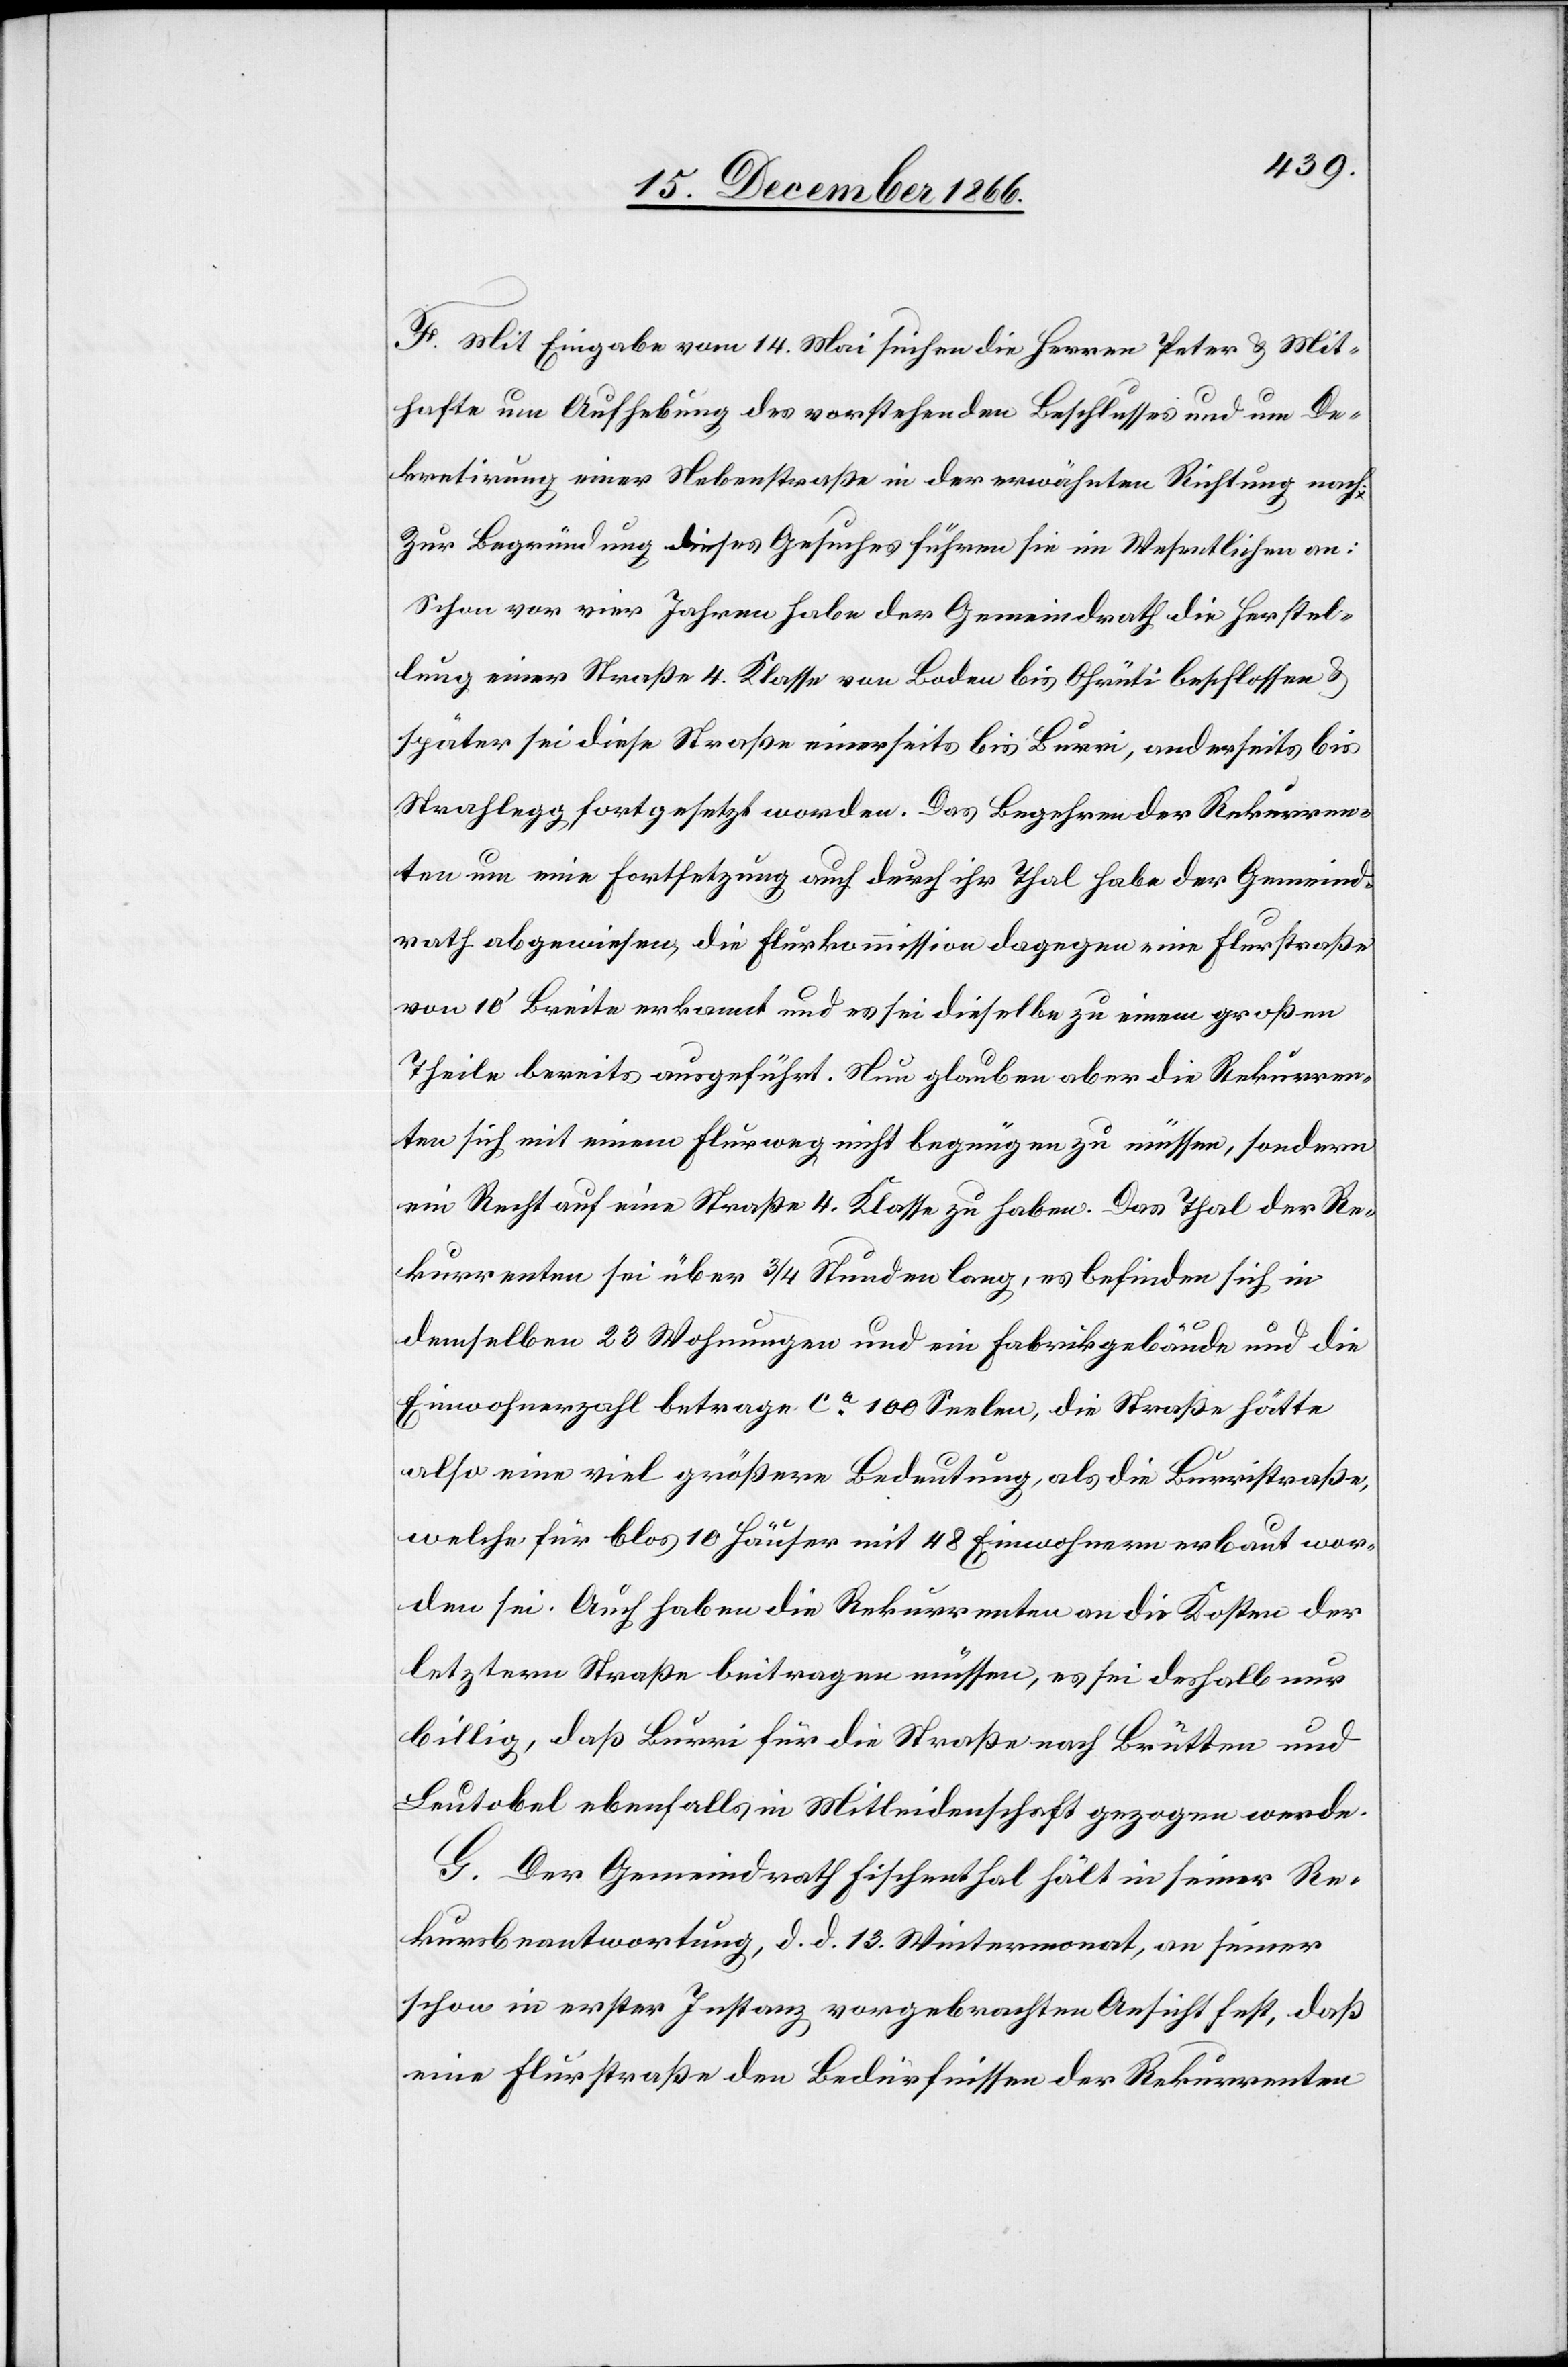
F. Mit Eingabe vom 14. Mai suchen die Herren Peter u. Mit¬
hafte um Aufhebung des vorstehenden Beschlusses und um De¬
kretirung einer Nebenstraße in der erwähnten Richtung nach.
Zur Begründung dieses Gesuches führen sie im Wesentlichen an:
Schon vor vier Jahren habe der Gemeindrath die Herstel¬
lung einer Straße 4. Klasse von Boden bis Ohrüti beschlossen u.
später sei diese Straße einerseits bis Burri, anderseits bis
Strahlegg fortgesetzt worden. Das Begehren der Rekurren¬
ten um eine Fortsetzung auch durch ihr Thal habe der Gemeind¬
rath abgewiesen, die Flurkommission dagegen eine Flurstraße
von 10‘ Breite erkannt und es sei dieselbe zu einem großen
Theile bereits ausgeführt. Nun glauben aber die Rekurren¬
ten sich mit einem Flurweg nicht begnügen zu müssen, sondern
ein Recht auf eine Straße 4. Klasse zu haben. Das Thal der Re¬
kurrenten sei über ¾ Stunden lang, es befinden sich in
demselben 23 Wohnungen und ein Fabrikgebäude und die
Einwohnerzahl betrage ca. 100 Seelen, die Straße hätte
also eine viel größere Bedeutung, als die Burristraße,
welche für blos 10 Häuser mit 48 Einwohnern erbaut wor¬
den sei. Auch haben die Rekurrenten an die Kosten der
letztern Straße beitragen müssen, es sei deshalb nur
billig, daß Burri für die Straße nach Brütten und
Leutobel ebenfalls in Mitleidenschaft gezogen werde.
G. Der Gemeindrath Fischenthal hält in seiner Re¬
kursbeantwortung, d. d. 13. Wintermonat, an seiner
schon in erster Instanz vorgebrachten Ansicht fest, daß
eine Flurstraße den Bedürfnissen der Rekurrenten